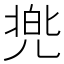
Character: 兠